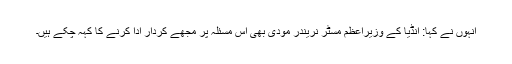
انہوں نے کہا: انڈیا کے وزیراعظم مسٹر نریندر مودی بھی اس مسئلہ پر مجھے کردار ادا کرنے کا کہہ چکے ہیں۔